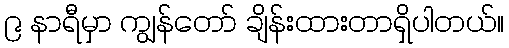
၉ နာရီမှာ ကျွန်တော် ချိန်းထားတာရှိပါတယ်။